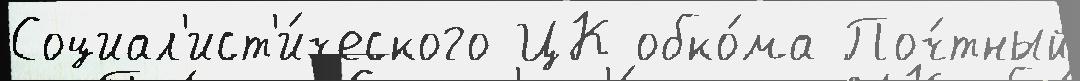
Социал'ист'и́ческого ЦК обко́ма Поч́тный